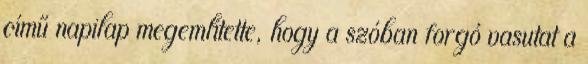
című napilap megemlítette, hogy a szóban forgó vasutat a